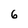
Character: 6